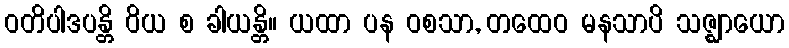
ဝတိပါဒပန္တိ ဝိယ စ ခါယန္တိ။ ယထာ ပန ဝစသာ, တထေဝ မနသာပိ သဇ္ဈာယော